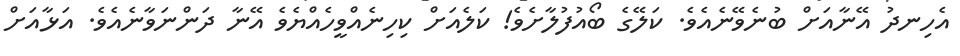
އެހިނދު އޭނާއަށް ބުނެވޭނެއެވެ. ކަލޭގެ ބޯއުފުލާށެވެ! ކަލެއަށް ކިހިނެއްވީހެއްޔެވެ އޭނާ ދަންނަވާނެއެވެ. އަޅާއަށް